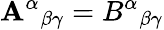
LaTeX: \mathbf{A}^{\alpha}{}_{\beta\gamma}=B^{\alpha}{}_{\beta\gamma}